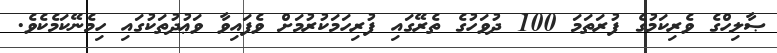
ޞާލިހްގެ ވެރިކަމުގެ ފުރަތަމަ 100 ދުވަހުގެ ތެރޭގައި ފުރިހަމަކުރުމަށް ވެފައިވާ ވަޢުދުތަކުގައި ހިމެނޭކަމެކެވެ.